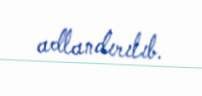
adlandırılıb.